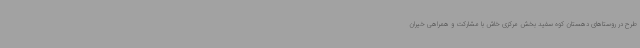
طرح در روستاهای دهستان کوه سفید بخش مرکزی خاش با مشارکت و همراهی خیران